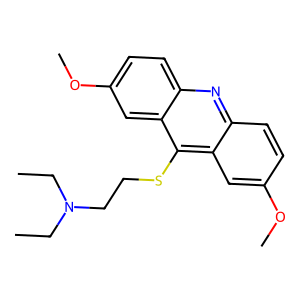
SMILES: CCN(CC)CCSc1c2cc(OC)ccc2nc2ccc(OC)cc12
Inhibits HIV replication: No